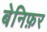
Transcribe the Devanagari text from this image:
बेनिफ़र